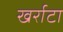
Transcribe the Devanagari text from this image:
खर्राटा